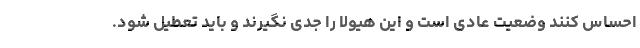
احساس کنند وضعیت عادی است و این هیولا را جدی نگیرند و باید تعطیل شود.